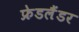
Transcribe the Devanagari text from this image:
फ्रेडलैंडर